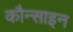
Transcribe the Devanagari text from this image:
कौन्साइन